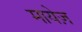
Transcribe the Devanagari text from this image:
मायेज़